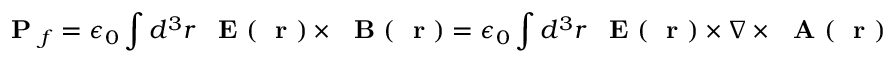
\mathrm { ~ \bf ~ P ~ } _ { f } = \epsilon _ { 0 } \int d ^ { 3 } r \, \mathrm { ~ \bf ~ E ~ } ( \mathrm { ~ \bf ~ r ~ } ) \times \mathrm { ~ \bf ~ B ~ } ( \mathrm { ~ \bf ~ r ~ } ) = \epsilon _ { 0 } \int d ^ { 3 } r \, \mathrm { ~ \bf ~ E ~ } ( \mathrm { ~ \bf ~ r ~ } ) \times \nabla \times \mathrm { ~ \bf ~ A ~ } ( \mathrm { ~ \bf ~ r ~ } )